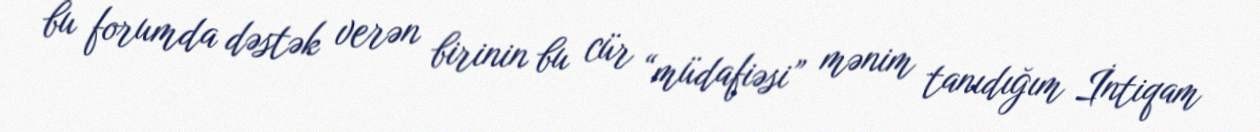
bu forumda dəstək verən birinin bu cür “müdafiəsi” mənim tanıdığım İntiqam